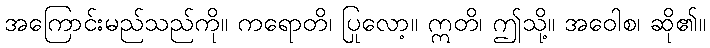
အကြောင်းမည်သည်ကို။ ကရောတိ၊ ပြုလော့။ ဣတိ၊ ဤသို့။ အဝေါစ၊ ဆို၏။